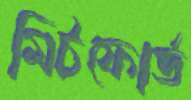
মিটফোর্ড